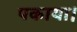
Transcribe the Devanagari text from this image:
पकाया।